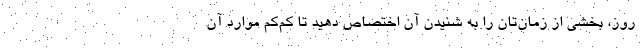
روز، بخشی از زمان‌تان را به شنیدن آن اختصاص دهید تا کم‌کم موارد آن